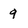
Character: 9